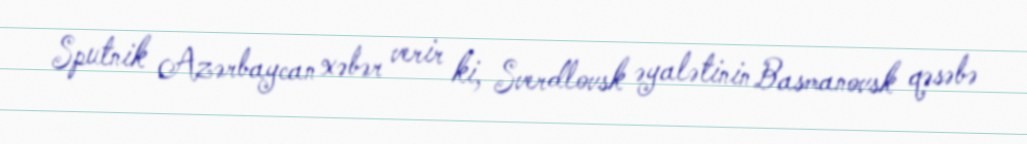
Sputnik Azərbaycan xəbər verir ki, Sverdlovsk əyalətinin Basmanovsk qəsəbə